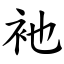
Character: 衪